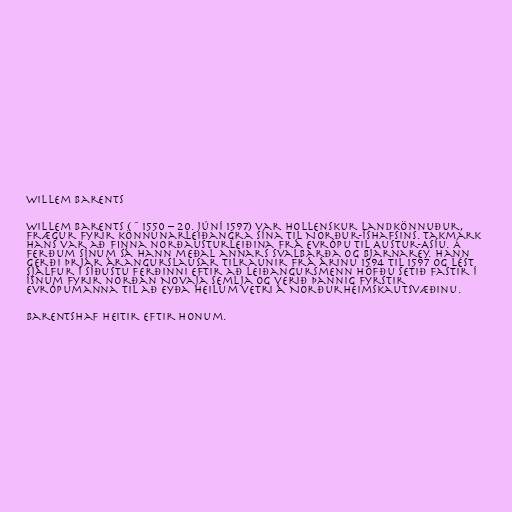
Willem Barents

Willem Barents (~1550 – 20. júní 1597) var hollenskur landkönnuður,
frægur fyrir könnunarleiðangra sína til Norður-Íshafsins. Takmark
hans var að finna norðausturleiðina frá Evrópu til Austur-Asíu. Á
ferðum sínum sá hann meðal annars Svalbarða og Bjarnarey. Hann
gerði þrjár árangurslausar tilraunir frá árinu 1594 til 1597 og lést
sjálfur í síðustu ferðinni eftir að leiðangursmenn höfðu setið fastir í
ísnum fyrir norðan Novaja Semlja og verið þannig fyrstir
Evrópumanna til að eyða heilum vetri á Norðurheimskautsvæðinu.

Barentshaf heitir eftir honum.